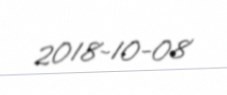
2018-10-08